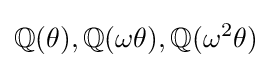
\mathbb {Q} (\theta ),\mathbb {Q} (\omega \theta ),\mathbb {Q} (\omega ^{2}\theta )